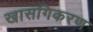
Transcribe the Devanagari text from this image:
खासगिकरण